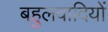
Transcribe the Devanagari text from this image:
बहुलवादियों